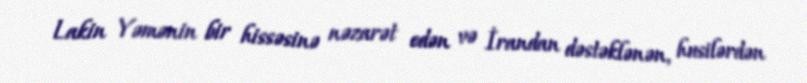
Lakin Yəmənin bir hissəsinə nəzarət edən və İrandan dəstəklənən, husilərdən